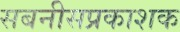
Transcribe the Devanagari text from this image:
सबनीसप्रकाशक